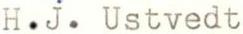
H.j. Ustvedt